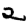
Digit: 2